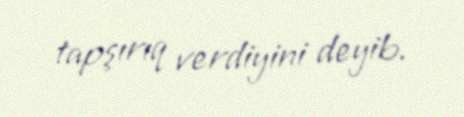
tapşırıq verdiyini deyib.